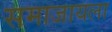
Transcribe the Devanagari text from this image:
समाजायला